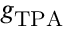
g _ { \mathrm { T P A } }